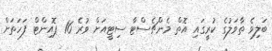
ބަލިވެ ތާވަލުގެ ކުރީގައި އޮތް މެންޗެސްޓާ ސިޓީއަށް ވުރެ 16 ޕޮއިންޓް ފަހަތަށް